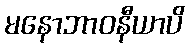
မနောဘာဝနီယာပိ